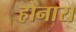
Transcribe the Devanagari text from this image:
होनारा